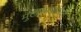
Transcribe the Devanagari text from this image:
मुख्यमंत्र्यांपैकी